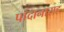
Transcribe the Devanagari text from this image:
पांदानासह